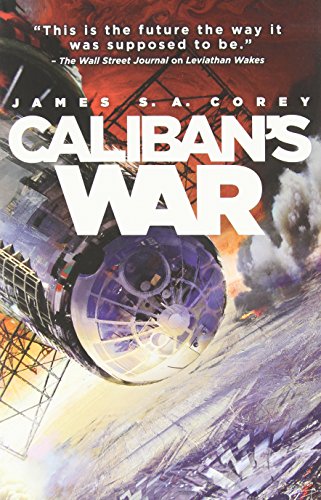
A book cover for Caliban's War (The Expanse); James S.A. Corey; Science Fiction & Fantasy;